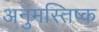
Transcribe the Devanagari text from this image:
अनुमस्तिष्‍क